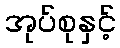
အုပ်စုနှင့်